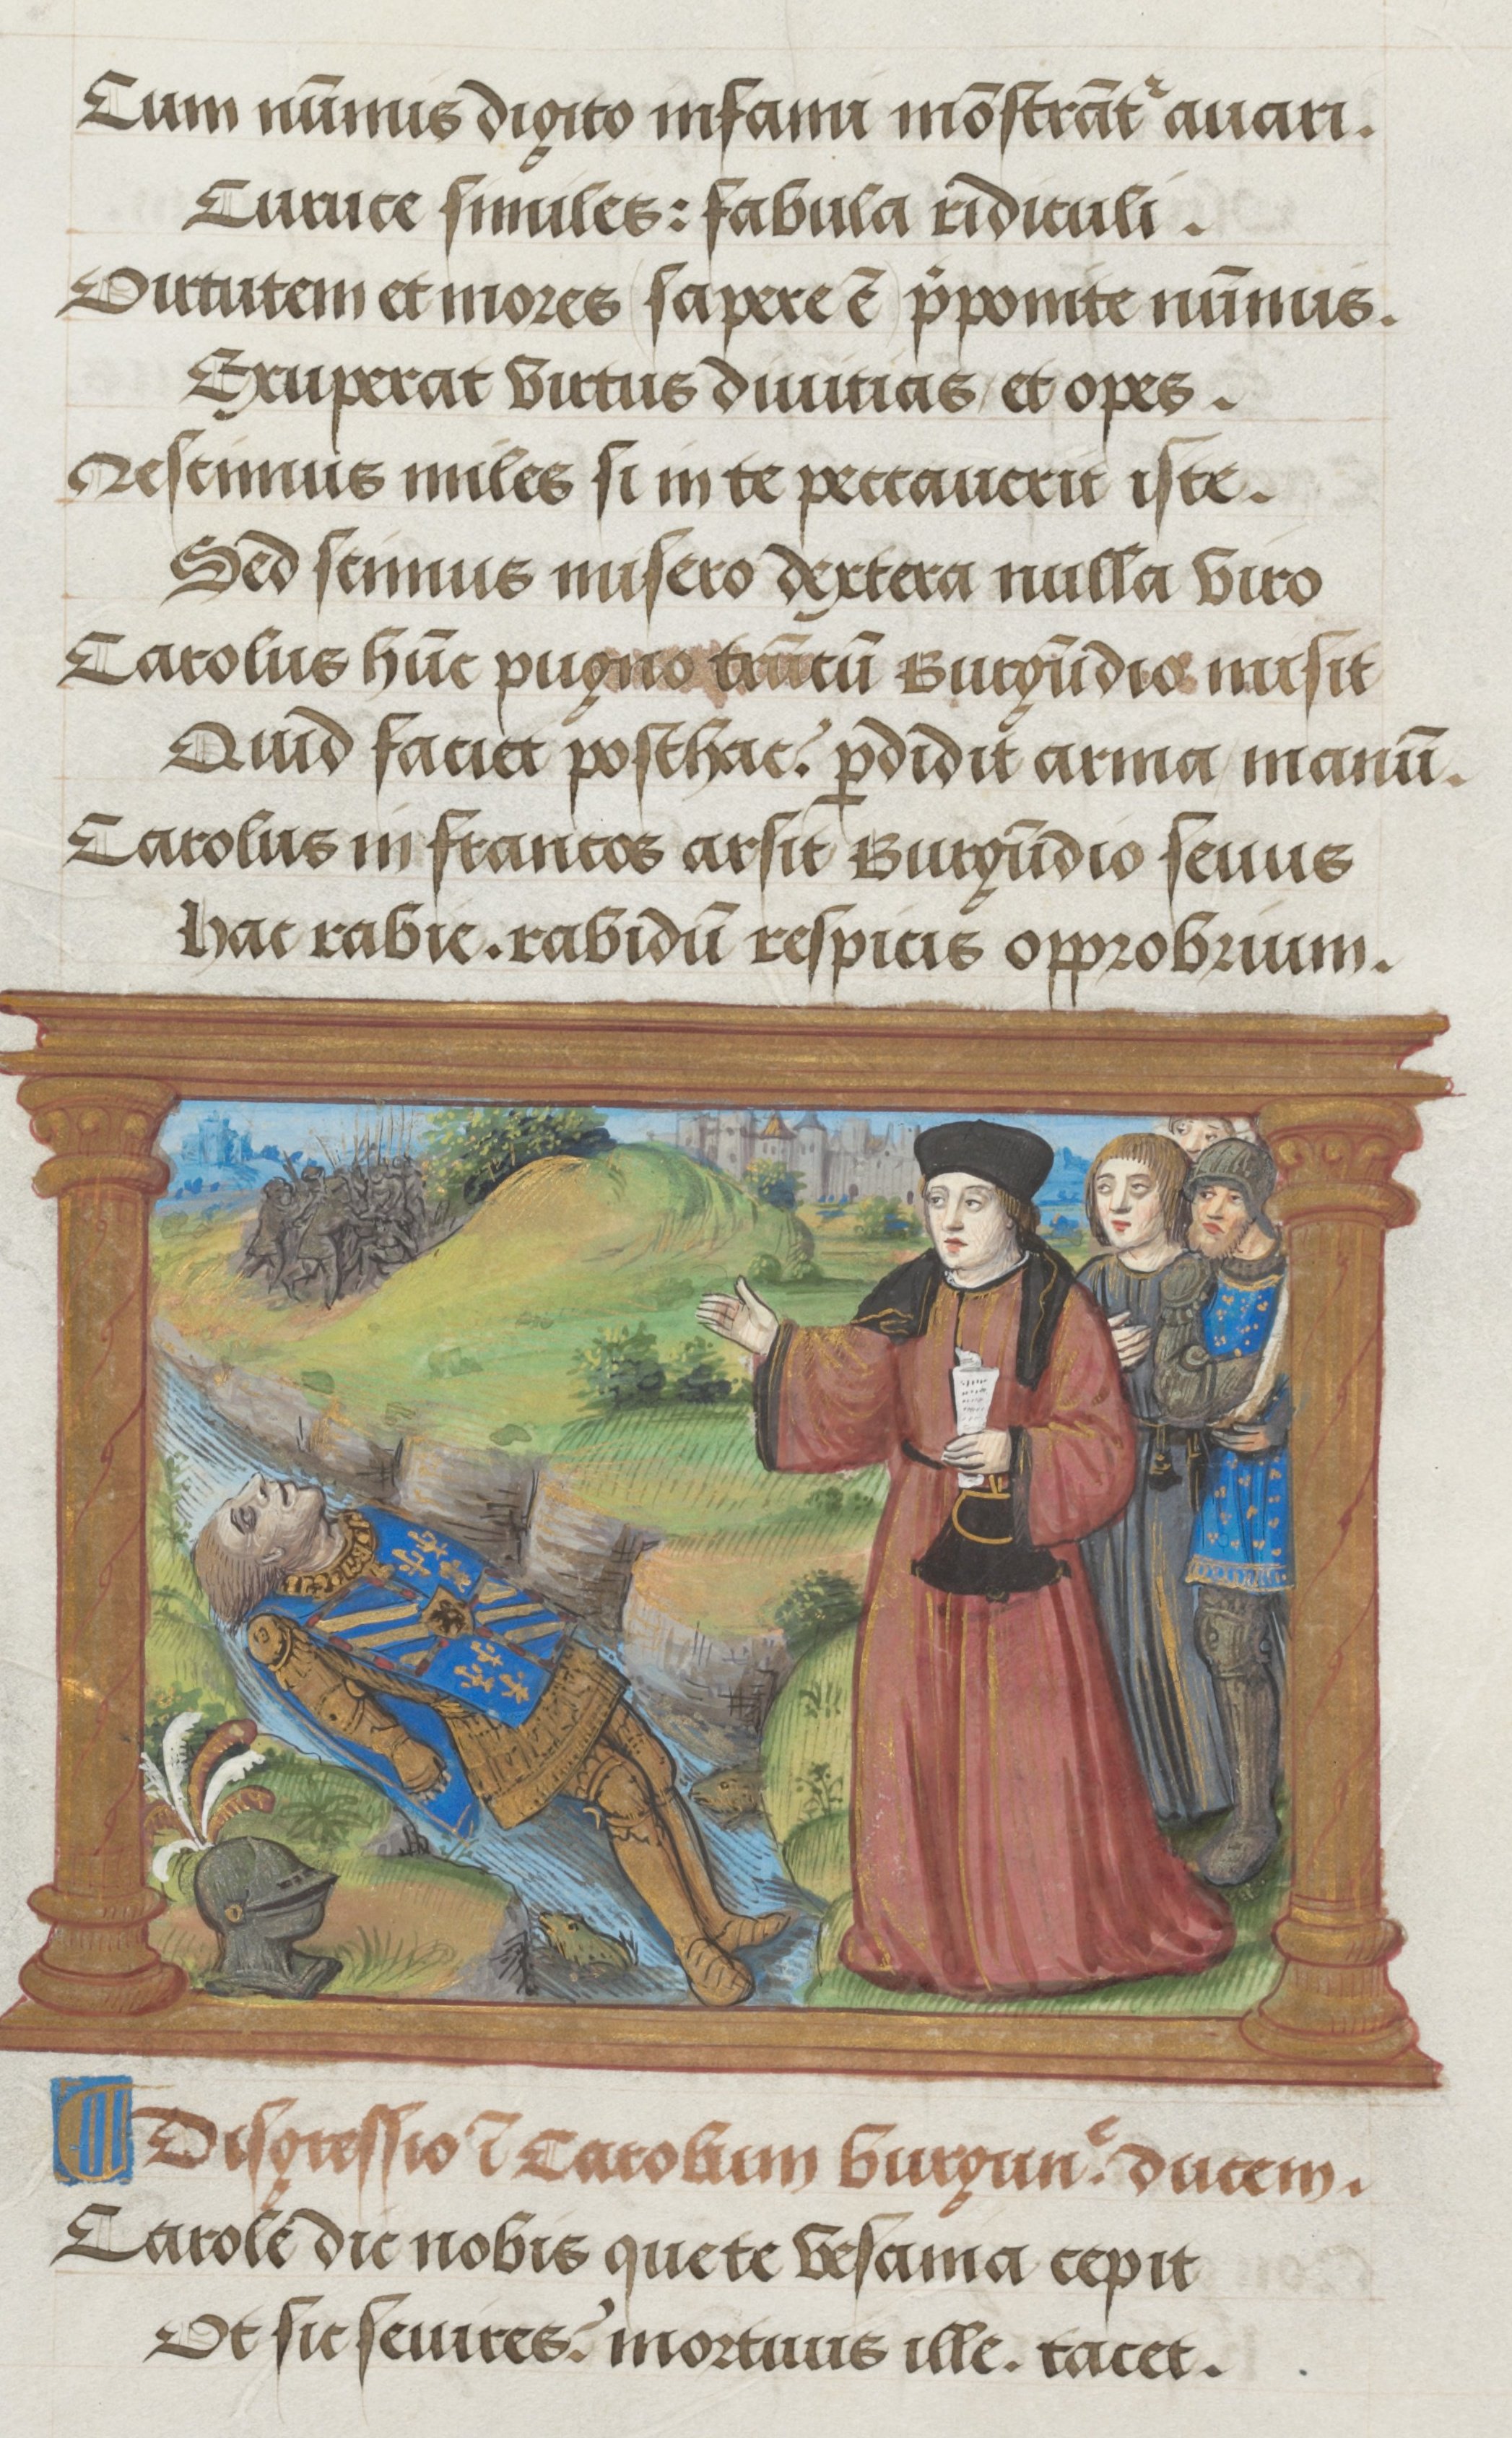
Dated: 1500–1530